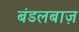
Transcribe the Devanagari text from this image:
बंडलबाज़